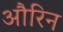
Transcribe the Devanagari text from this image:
औरिन